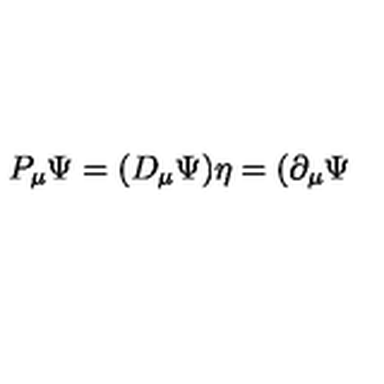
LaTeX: P _ { \mu } \Psi = ( D _ { \mu } \Psi ) \eta = ( \partial _ { \mu } \Psi